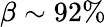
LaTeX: \beta\sim 92\%